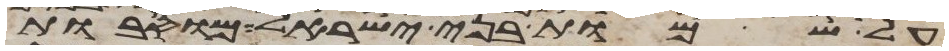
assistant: על שמות בני ישראל מוסבות